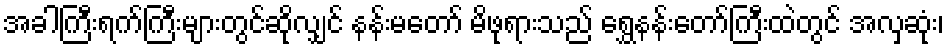
အခါကြီးရက်ကြီးများတွင်ဆိုလျှင် နန်းမတော် မိဖုရားသည် ရွှေနန်းတော်ကြီးထဲတွင် အလှဆုံး၊